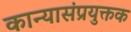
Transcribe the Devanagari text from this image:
कान्यासंप्रयुक्तक